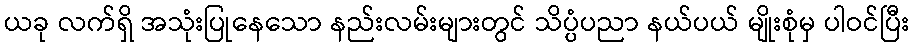
ယခု လက်ရှိ အသုံးပြုနေသော နည်းလမ်းများတွင် သိပ္ပံပညာ နယ်ပယ် မျိုးစုံမှ ပါဝင်ပြီး